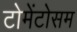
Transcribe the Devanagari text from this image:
टोमेंटोसम